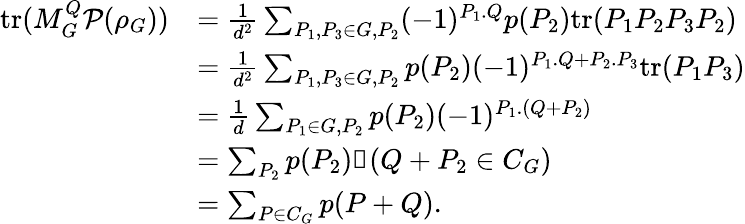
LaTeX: \begin{array}{rl}{\mathrm{tr}(M_{G}^{Q}\mathcal{P}(\rho_{G}))}&{=\frac{1}{d^{2}}\sum_{P_{1},P_{3}\in G,P_{2}}(-1)^{P_{1}.Q}p(P_{2})\mathrm{tr}(P_{1}P_{2}P_{3}P_{2})}\\ &{=\frac{1}{d^{2}}\sum_{P_{1},P_{3}\in G,P_{2}}p(P_{2})(-1)^{P_{1}.Q+P_{2}.P_{3}}\mathrm{tr}(P_{1}P_{3})}\\ &{=\frac{1}{d}\sum_{P_{1}\in G,P_{2}}p(P_{2})(-1)^{P_{1}.(Q+P_{2})}}\\ &{=\sum_{P_{2}}p(P_{2})\mathbb{1}(Q+P_{2}\in C_{G})}\\ &{=\sum_{P\in C_{G}}p(P+Q).}\end{array}